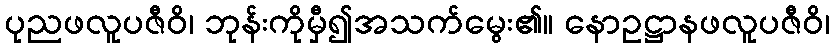
ပုညဖလူပဇီဝိ၊ ဘုန်းကိုမှီ၍အသက်မွေး၏။ နောဥဋ္ဌာနဖလူပဇီဝိ၊